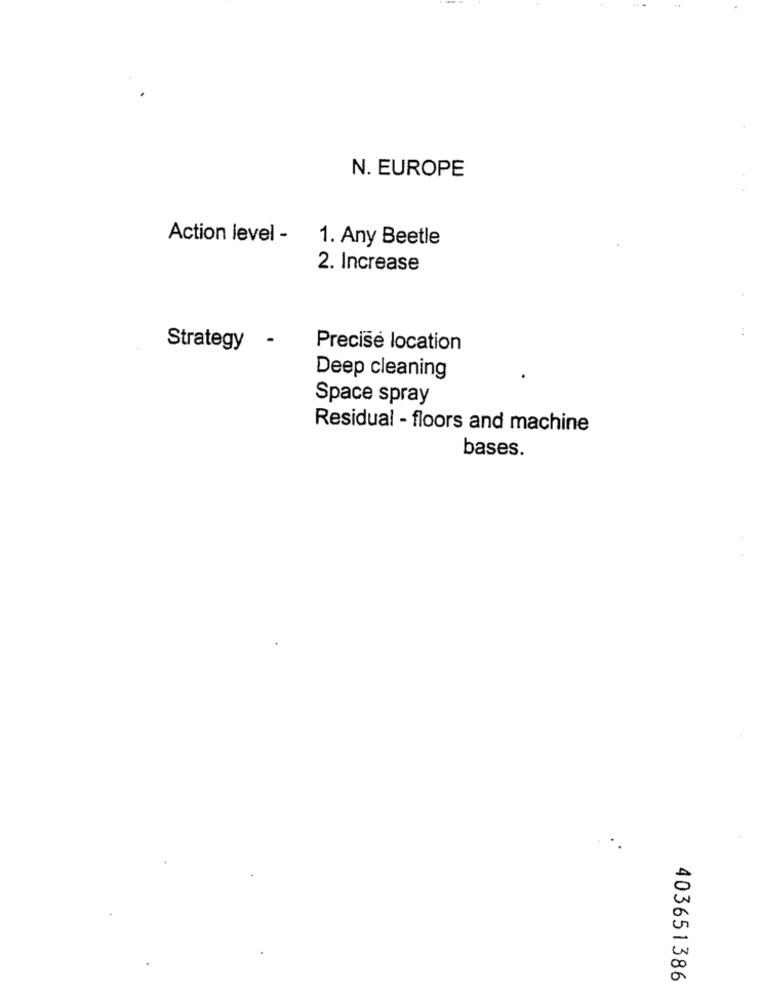
N. EUROPE
Action level -
1. Any Beetle
2. Increase
-
Strategy
Precise location
Deep cleaning
Space spray
Residual - floors and machine
bases.
403651386